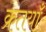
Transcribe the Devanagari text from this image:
क्रतयाँ